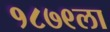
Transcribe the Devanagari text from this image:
१८७९ला